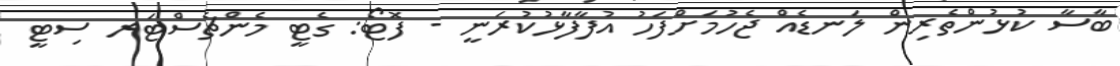
ބާސާ ކުޅުންތެރިން ލަނޑެއް ޖެހުމަށްފަހު އުފާފާޅުކުރަނީ - ފޮޓޯ: ގެޓީ މެންޗެސްޓަރ ސިޓީ